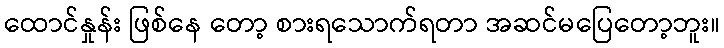
ထောင်နှုန်း ဖြစ်နေ တော့ စားရသောက်ရတာ အဆင်မပြေတော့ဘူး။